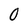
Character: 0